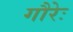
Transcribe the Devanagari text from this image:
गौरेः